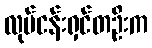
လုပ်ငန်းရှင်တဦးက